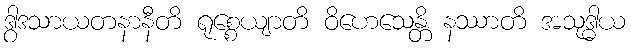
ဒွါဒသာယတနာနီတိ ရုစ္စေယျာတိ ဝိဟေသေန္တိ နဿာတိ အသုဒ္ဓါယ